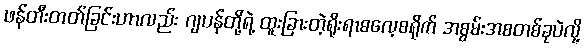
ဖန်တီးတတ်ခြင်းဟာလည်း ဂျပန်တို့ရဲ့ ထူးခြားတဲ့ရိုးရာဓလေ့စရိုက် အစွမ်းအစတစ်ခုပဲလို့